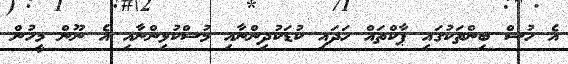
އެ ހުސް ބިންތަކުގައި ޕާކްތައް ހަދައި ކުޑަކުދިންނާއި މުސްކުޅިންނާއި އެ ނޫން މީހުން